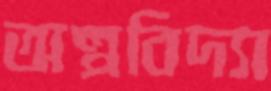
অল্পবিদ্যা